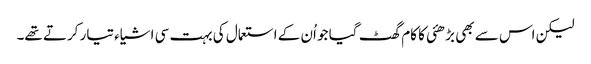
لیکن اس سے بھی بڑھئی کا کام گھٹ گیا جو اُن کے استعمال کی بہت سی اشیاء تیار کرتے تھے۔